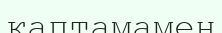
қаптамамен